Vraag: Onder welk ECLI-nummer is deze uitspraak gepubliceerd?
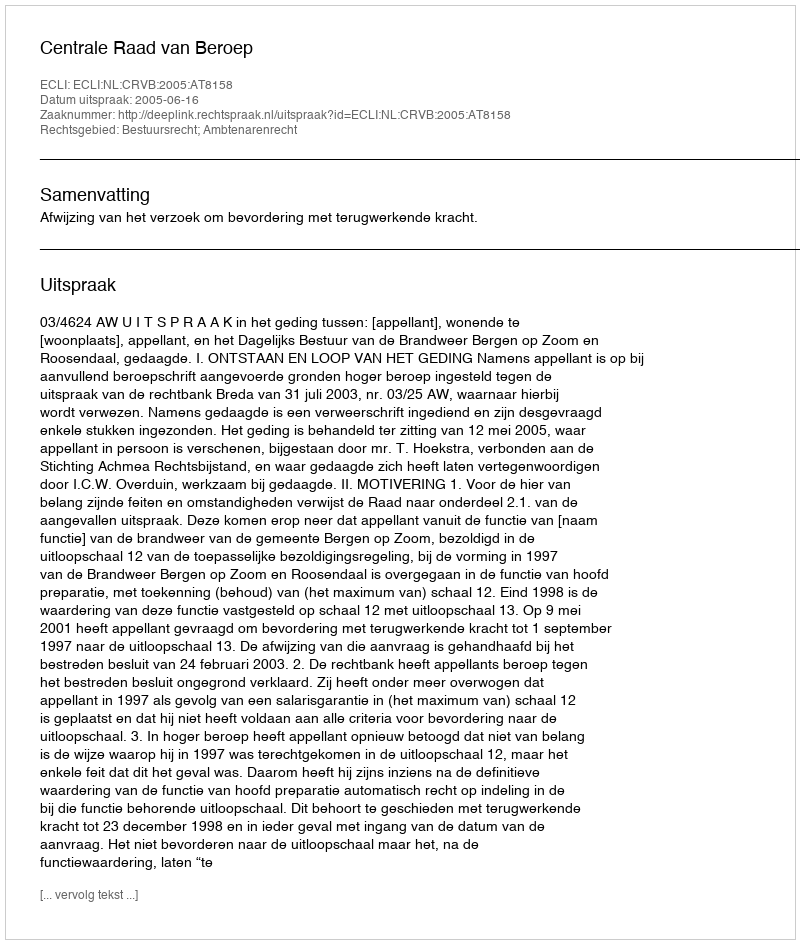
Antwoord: ECLI:NL:CRVB:2005:AT8158